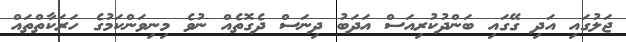
ޖަލުގައި އަދި ގޭގައި ބަންދުކުރިއަސް އަދަބު ދިނަސް ދެގޮތެއް ނުވެ މިނިވަންކަމުގެ ހަރަކާތްތައް